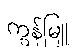
ကွန်မြူ